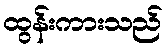
ထွန်းကားသည်